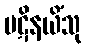
ပဋိနယိံသု